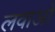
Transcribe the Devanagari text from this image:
लवाओ